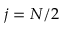
j = N / 2